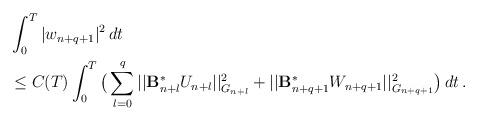
LaTeX: \begin{align*}&\int_0^T |w_{n+q+1}|^2\,dt \\&\le C(T) \int_0^T \big( \sum_{l=0}^{q} || \mathcal{\mathbf{B}}_{n+l}^{\ast}U_{n+l}||_{G_{n+l}}^2 + ||\mathcal{\mathbf{B}}_{n+q+1}^{\ast}W_{n+q+1}||_{G_{n+q+1}}^2\big)\, dt \,.\end{align*}